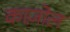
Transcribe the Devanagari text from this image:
काज़ोल